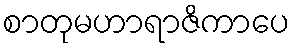
စာတုမဟာရာဇိကာပေ